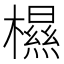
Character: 𰘽